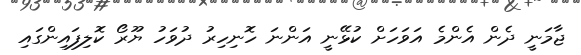
ޖާމަނީ ދެން އެންމެ އަވަހަށް ކުޅޭނީ އަންނަ ހޮނިހިރު ދުވަހު ޔޫރޯ ކޮލިފައިންގައި